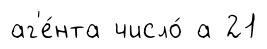
аг'е́нта число́ а 21